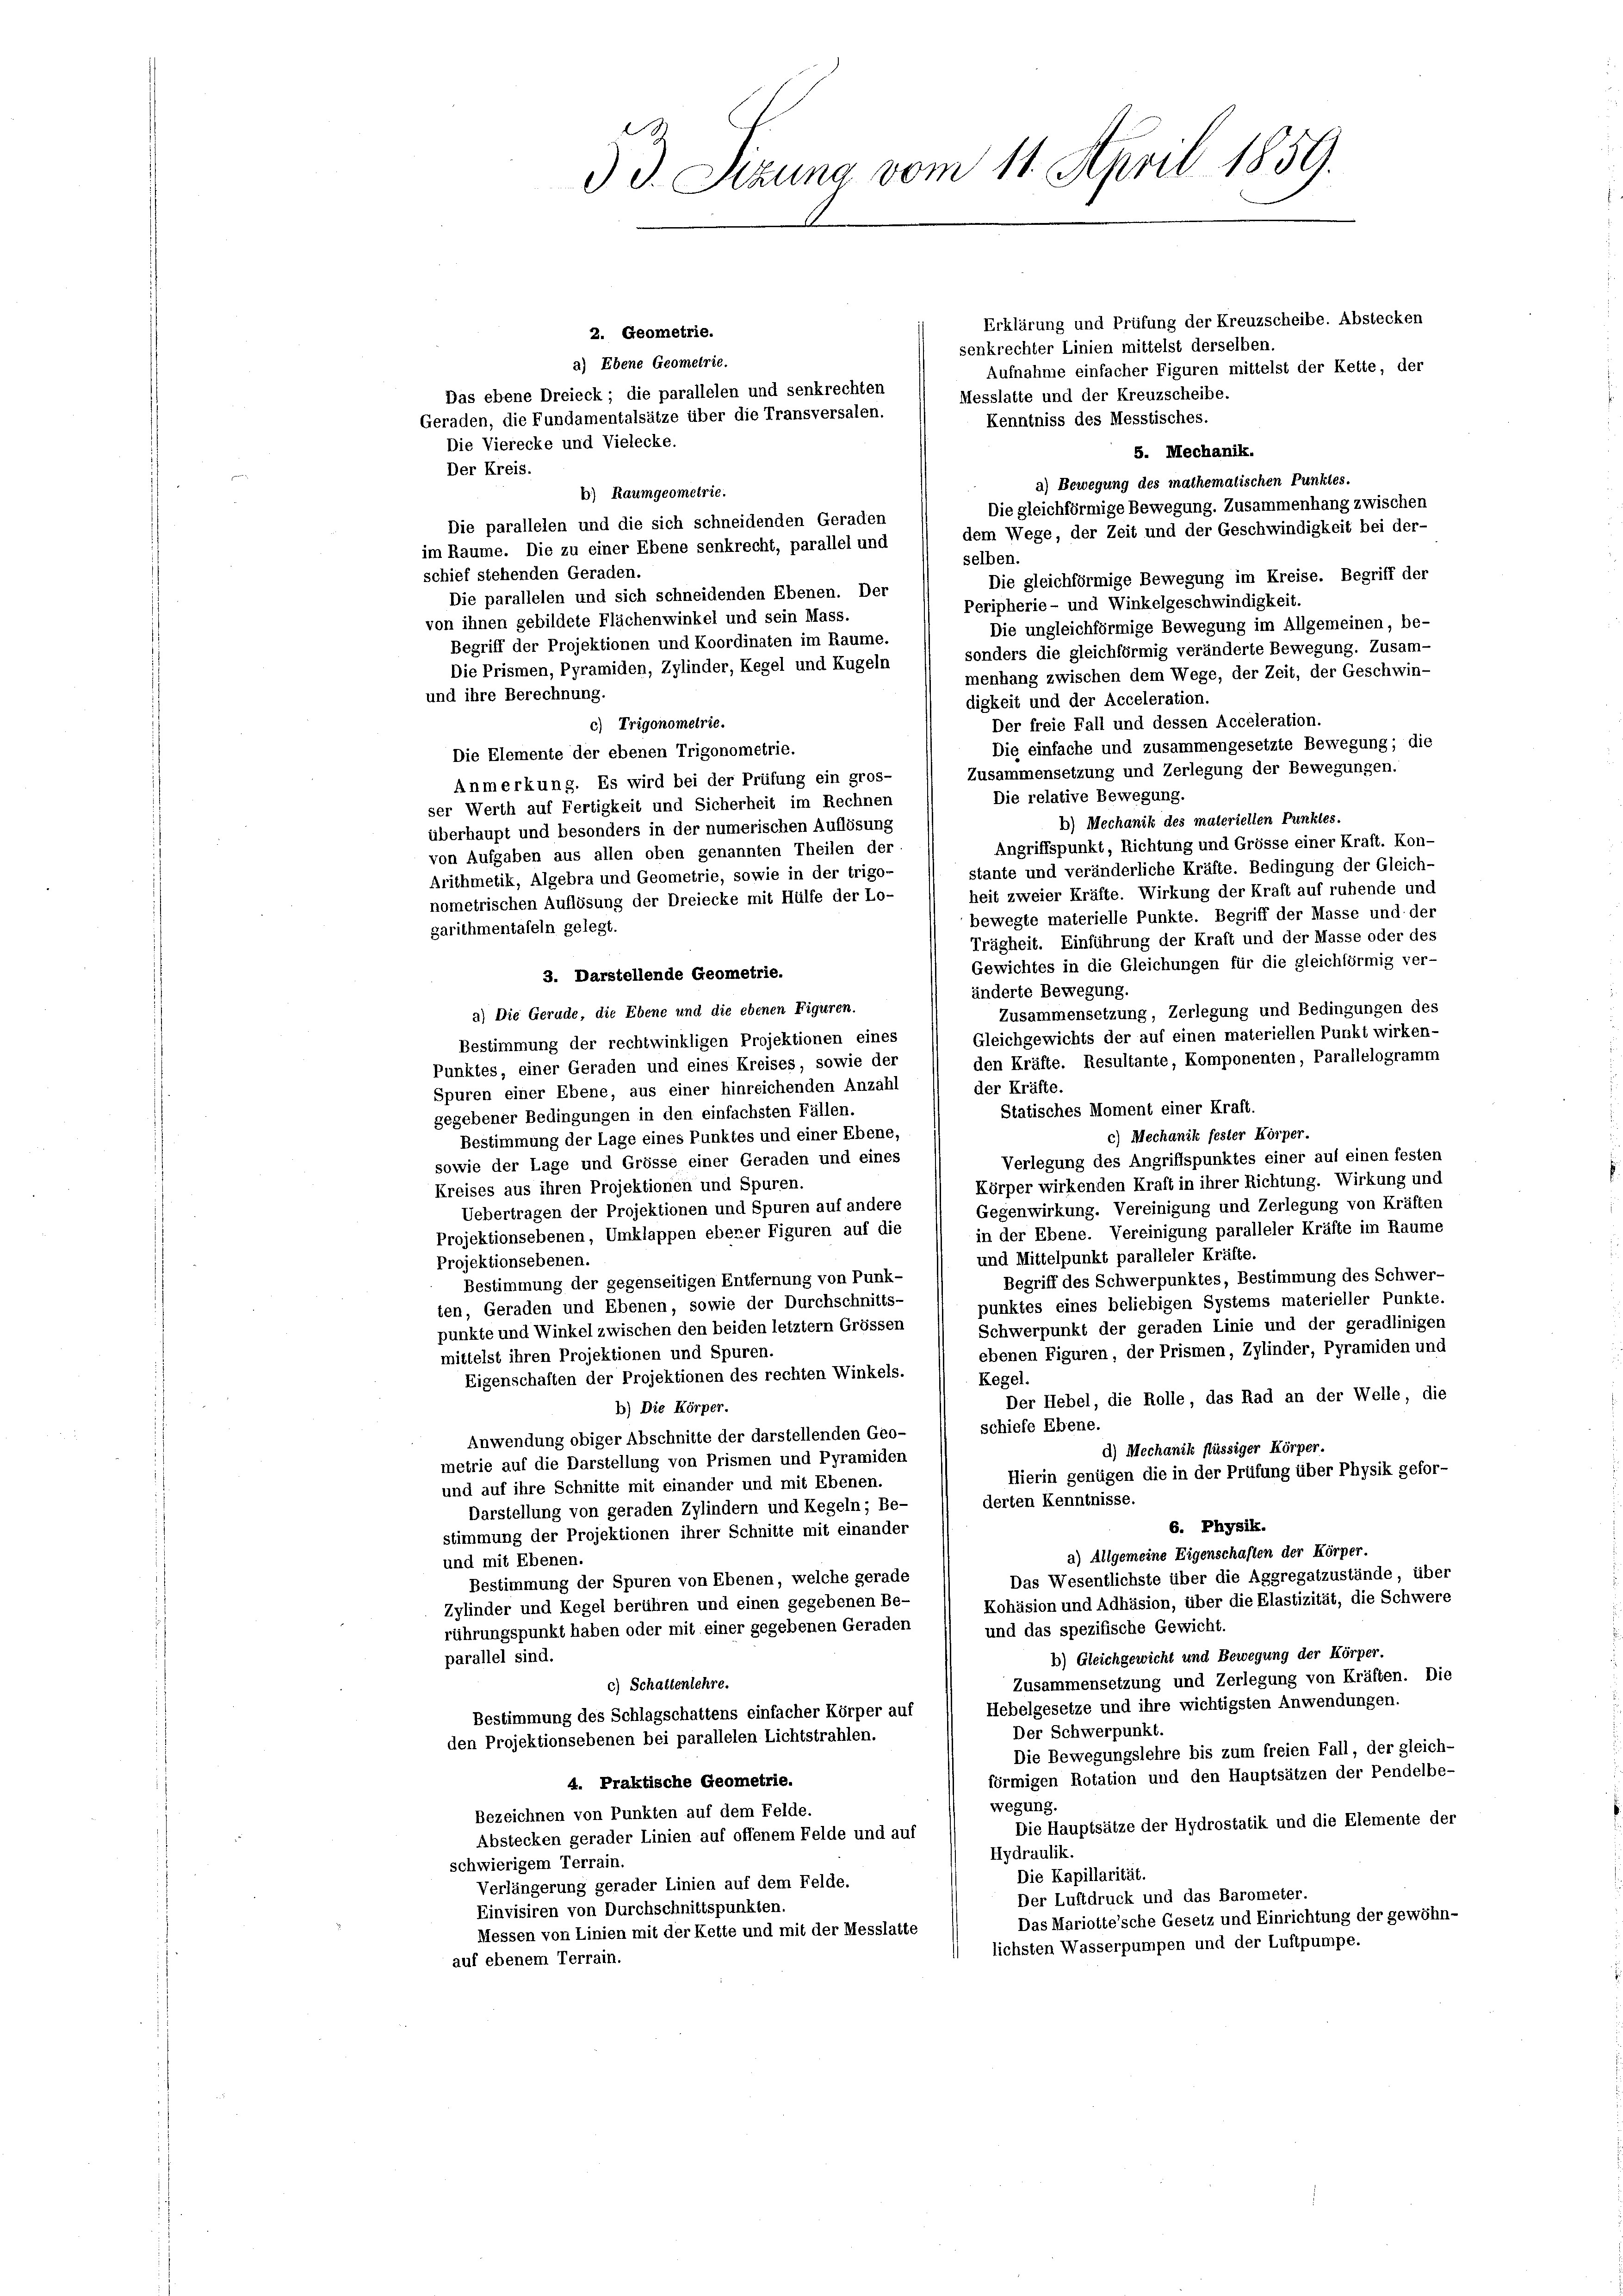
53. Sizung vom 11. April 1859.

Erklärung und Prüfung der Kreuzscheibe. Abstecken
2. Geometrie.
senkrechter Linien mittelst derselben.
2) Ebene Geometrie.
Aufnahme einfacher Figuren mittelst der Kette, der
Das ebene Dreieck; die parallelen und senkrechten
Messlatte und der Kreuzscheibe.
Geraden, die Fundamentalsätze über die Transversalen.
Kenntniss des Messtisches.
Die Vierecke und Vielecke.
5. Mechanik.
Der Kreis.
a) Bewegung des mathematischen Punktes.
b) Raum geometrie.
Die gleichförmige Bewegung. Zusammenhang zwischen
Die parallelen und die sich schneidenden Geraden
dem Wege, der Zeit und der Geschwindigkeit bei der-
im Raume. Die zu einer Ebene senkrecht, parallel und
selben.
schief stehenden Geraden.
Die gleichförmige Bewegung im Kreise. Begriff der
Die parallelen und sich schneidenden Ebenen. Der
Peripherie- und Winkelgeschwindigkeit.
von ihnen gebildete Flächenwinkel und sein Mass.
Die ungleichförmige Bewegung im Allgemeinen, be-
Begriff der Projektionen und Koordinaten im Raume.
sonders die gleichförmig veränderte Bewegung. Zusam-
Die Prismen, Pyramiden, Zylinder, Regel und Kugeln
menhang zwischen dem Wege, der Zeit, der Geschwin-
und ihre Berechnung.
digkeit und der Acceleration.
Der freie Fall und dessen Acceleration.
c) Trigonometrie.
Die einfache und zusammengesetzte Bewegung; die
Die Elemente der ebenen Trigonometrie.
Zusammensetzung und Zerlegung der Bewegungen.
Anmerkung. Es wird bei der Prüfung ein gros-
Die relative Bewegung.
ser Werth auf Fertigkeit und Sicherheit im Rechnen
b) Mechanik des materiellen Punktes.
überhaupt und besonders in der numerischen Auflösung
Angriffspunkt, Richtung und Grösse einer Kraft. Kon-
von Aufgaben aus allen oben genannten Theilen der
stante und veränderliche Kräfte. Bedingung der Gleich-
Arithmetik, Algebra und Geometrie, sowie in der trigo-
heit zweier Kräfte. Wirkung der Kraft auf ruhende und
nometrischen Auflösung der Dreiecke mit Hülfe der Lo-
bewegte materielle Punkte. Begriff der Masse und der
garithmentafeln gelegt.
Trägheit. Einführung der Kraft und der Masse oder des
Gewichtes in die Gleichungen für die gleichförmig ver-
3. Darstellende Geometrie.
änderte Bewegung.
2) Die Gerude, die Ebene und die ebenen Figuren.
Zusammensetzung, Zerlegung und Bedingungen des
Gleichgewichts der auf einen materiellen Punkt wirken-
Bestimmung der rechtwinkligen Projektionen eines
den Kräfte. Resultante, Komponenten, Parallelogramm
Punktes, einer Geraden und eines Kreises, sowie der
der Kräfte.
Spuren einer Ebene, aus einer hinreichenden Anzahl
Statisches Moment einer Kraft.
gegebener Bedingungen in den einfachsten Fällen.
c) Mechanik fester Körper.
Bestimmung der Lage eines Punktes und einer Ebene,
Verlegung des Angriffspunktes einer auf einen festen
sowie der Lage und Grösse einer Geraden und eines
Körper wirkenden Kraft in ihrer Richtung. Wirkung und
Kreises aus ihren Projektionen und Spuren.
Gegenwirkung. Vereinigung und Zerlegung von Kräften
Uebertragen der Projektionen und Spuren auf andere
in der Ebene. Vereinigung paralleler Kräfte im Raume
Projektionsebenen, Umklappen ebener Figuren auf die
und Mittelpunkt paralleler Kräfte.
Projektionsebenen.
Begriff des Schwerpunktes, Bestimmung des Schwer-
Bestimmung der gegenseitigen Entfernung von Punk-
punktes eines beliebigen Systems materieller Punkte.
ten, Geraden und Ebenen, sowie der Durchschnitts-
Schwerpunkt der geraden Linie und der geradlinigen
punkte und Winkel zwischen den beiden letztem Grössen
ebenen Figuren, der Prismen, Zylinder, Pyramiden und
mittelst ihren Projektionen und Spuren.
Eigenschaften der Projektionen des rechten Winkels.
Kogel.
Der Hebel, die Rolle, das Rad an der Welle, die
b) Die Körper.
schiefe Ebene.
Anwendung obiger Abschnitte der darstellenden Geo-
d) Mechanik flüssiger Körper.
metrie auf die Darstellung von Prismen und Pyramiden
Hierin genügen die in der Prüfung über Physik gefor-
und auf ihre Schnitte mit einander und mit Ebenen.
derten Kenntnisse.
Darstellung von geraden Zylindern und Regeln; Be-
6. Physik.
stimmung der Projektionen ihrer Schnitte mit einander
a) Allgemeine Eigenschaften der Körper.
und mit Ebenen.
Das Wesentlichste über die Aggregatzustände, über
Bestimmung der Spuren von Ebenen, welche gerade
Kohäsion und Adhäsion, über die Elastizität, die Schwere
Zylinder und Regel berühren und einen gegebenen Be-
rührungspunkt haben oder mit einer gegebenen Geraden
und das spezifische Gewicht.
6) Gleichgewicht und Bewegung der Körper.
parallel sind.
Zusammensetzung und Zerlegung von Kräften. Die
c) Schattenlehre.
Hebelgesetze und ihre wichtigsten Anwendungen.
Bestimmung des Schlagschattens einfacher Körper auf
Der Schwerpunkt.
den Projektionsebenen bei parallelen Lichtstrahlen.
Die Bewegungslehre bis zum freien Fall, der gleich-
förmigen Rotation und den Hauptsätzen der Pendelbe-
4. Praktische Geometrie.
wegung.
Bezeichnen von Punkten auf dem Felde.
Die Hauptsätze der Hydrostatik und die Elemente der
Abstecken gerader Linien auf offenem Felde und auf
Hydraulik.
schwierigem Terrain.
Die Kapillarität.
Verlängerung gerader Linien auf dem Felde.
Der Luftdruck und das Barometer.
Einvisiren von Durchschnittspunkten.
Das Mariotte’sche Gesetz und Einrichtung der gewöhn-
Messen von Linien mit der Kette und mit der Messlatte
lichsten Wasserpumpen und der Luftpumpe.
auf ebenem Terrain.